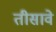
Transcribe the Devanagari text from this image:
तीसावे